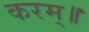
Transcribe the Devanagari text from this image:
करम्॥